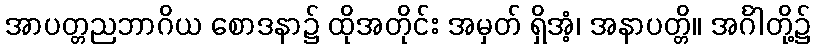
အာပတ္တညဘာဂိယ စောဒနာ၌ ထိုအတိုင်း အမှတ် ရှိအံ့၊ အနာပတ္တိ။ အင်္ဂါတို့၌